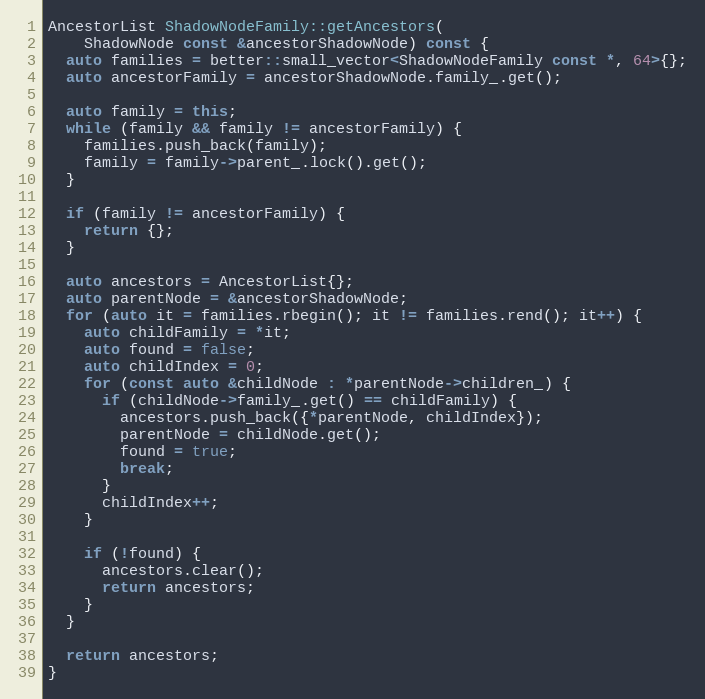
Language: C++
AncestorList ShadowNodeFamily::getAncestors(
    ShadowNode const &ancestorShadowNode) const {
  auto families = better::small_vector<ShadowNodeFamily const *, 64>{};
  auto ancestorFamily = ancestorShadowNode.family_.get();

  auto family = this;
  while (family && family != ancestorFamily) {
    families.push_back(family);
    family = family->parent_.lock().get();
  }

  if (family != ancestorFamily) {
    return {};
  }

  auto ancestors = AncestorList{};
  auto parentNode = &ancestorShadowNode;
  for (auto it = families.rbegin(); it != families.rend(); it++) {
    auto childFamily = *it;
    auto found = false;
    auto childIndex = 0;
    for (const auto &childNode : *parentNode->children_) {
      if (childNode->family_.get() == childFamily) {
        ancestors.push_back({*parentNode, childIndex});
        parentNode = childNode.get();
        found = true;
        break;
      }
      childIndex++;
    }

    if (!found) {
      ancestors.clear();
      return ancestors;
    }
  }

  return ancestors;
}